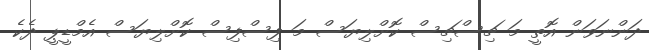
ދަންނަވަން އޮތީ މަ ޗިސްޗިސް ކޮށްލިޔަސް މަ ފިސްފިސް ކޮށްލިޔަސް އެމްޑީޕީ ދެކެ